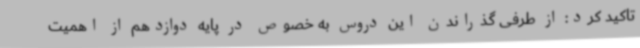
تاکید کرد: از طرفی گذراندن این دروس به خصوص در پایه دوازدهم از اهمیت